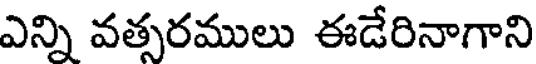
ఎన్ని వత్సరములు ఈడేరినాగాని